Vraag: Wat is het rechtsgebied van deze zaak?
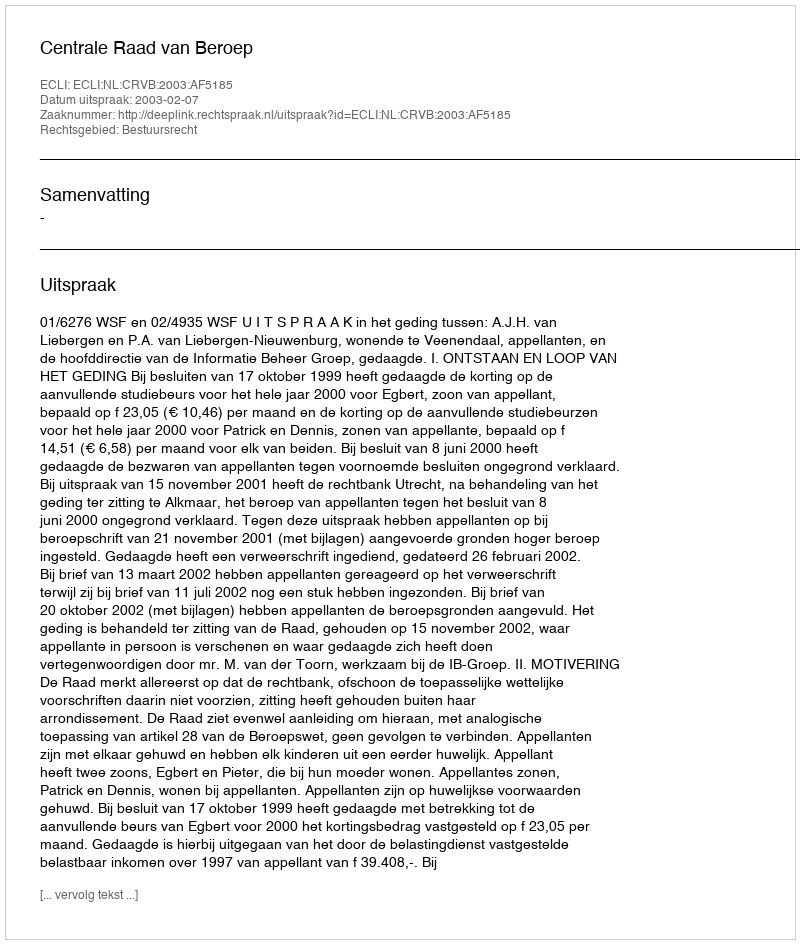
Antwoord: Bestuursrecht